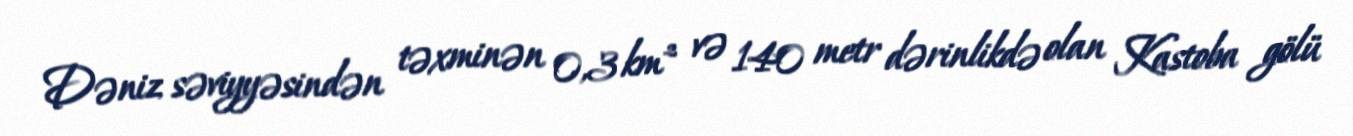
Dəniz səviyyəsindən təxminən 0,3 km² və 140 metr dərinlikdə olan Kastoba gölü